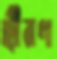
হীরণ